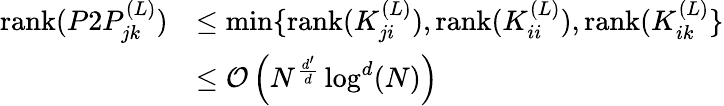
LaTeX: \begin{array}{rl}{\mathrm{rank}(P2P_{jk}^{(L)})}&{\leq\operatorname*{min}\{ \mathrm{rank}(K_{ji}^{(L)}),\mathrm{rank}(K_{ii}^{(L)}),\mathrm{rank}(K_{ik}^{(L)}\} }\\ &{\leq\mathcal{O}\left(N^{\frac{d^{\prime}}{d}}\log^{d}(N)\right)}\end{array}